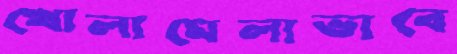
খোলামেলাভাবে